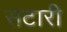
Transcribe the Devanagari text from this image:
सटारी